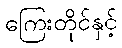
ကြေးတိုင်နှင့်